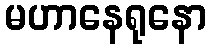
မဟာနေရုနော